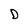
Character: D